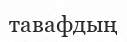
тавафдың